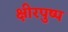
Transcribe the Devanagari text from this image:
क्षीरपुष्प